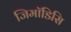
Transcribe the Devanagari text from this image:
जिमॉडिसि